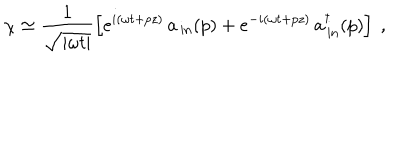
\chi \simeq \frac { 1 } { \sqrt { | \omega t | } } \left[ e ^ { i ( \omega t + p z ) } \, a _ { \, \mathrm { i n } } ( p ) + e ^ { - i ( \omega t + p z ) } \, a _ { \, \mathrm { i n } } ^ { \dagger } ( p ) \right] \ ,